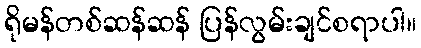
ရိုမန်တစ်ဆန်ဆန် ပြန်လွမ်းချင်စရာပါ။